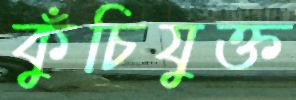
কুঁচিযুক্ত